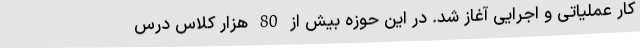
کار عملیاتی و اجرایی آغاز شد. در این حوزه بیش از 80 هزار کلاس درس